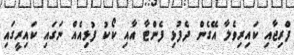
ފްރިޖާއި ކައިރިވެލާ އޭގެން ދެފުޅި ފެންޓާ އާއި ކޯކު ފުޅިއެއް ނަގައި ކައިރީގައި